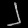
Digit: ၂